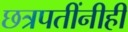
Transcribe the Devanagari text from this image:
छत्रपतींनीही